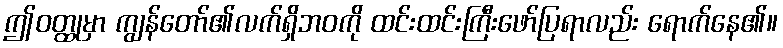
ဤဝတ္ထုမှာ ကျွန်တော်၏လက်ရှိဘဝကို ထင်းထင်းကြီးဖော်ပြရာလည်း ရောက်နေ၏။